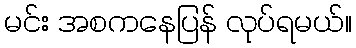
မင်း အစကနေပြန် လုပ်ရမယ်။